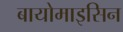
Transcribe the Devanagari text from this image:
बायोमाइसिन